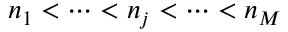
n _ { 1 } < \cdots < n _ { j } < \cdots < n _ { M }